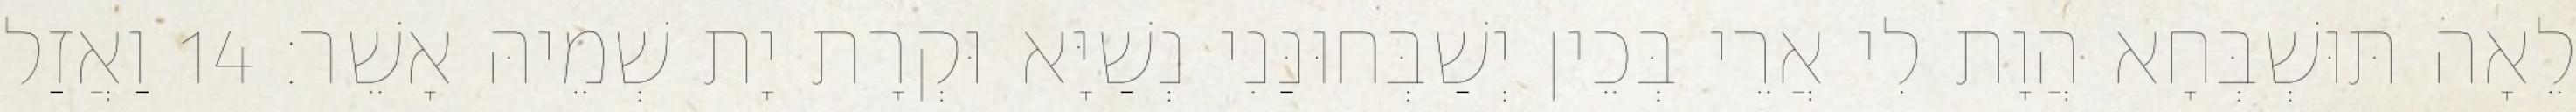
לֵאָה תּוּשְׁבְּחָא הֲוָת לִי אֲרֵי בְּכֵין יְשַׁבְּחוּנַּנִי נְשַׁיָּא וּקְרָת יָת שְׁמֵיהּ אָשֵׁר׃ 14 וַאֲזַל